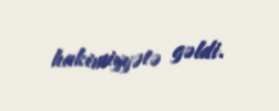
hakimiyyətə gəldi.